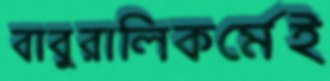
বাবুরালিকর্মেই